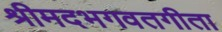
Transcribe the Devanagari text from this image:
श्रीमदभगवतगीता